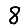
Digit: 8